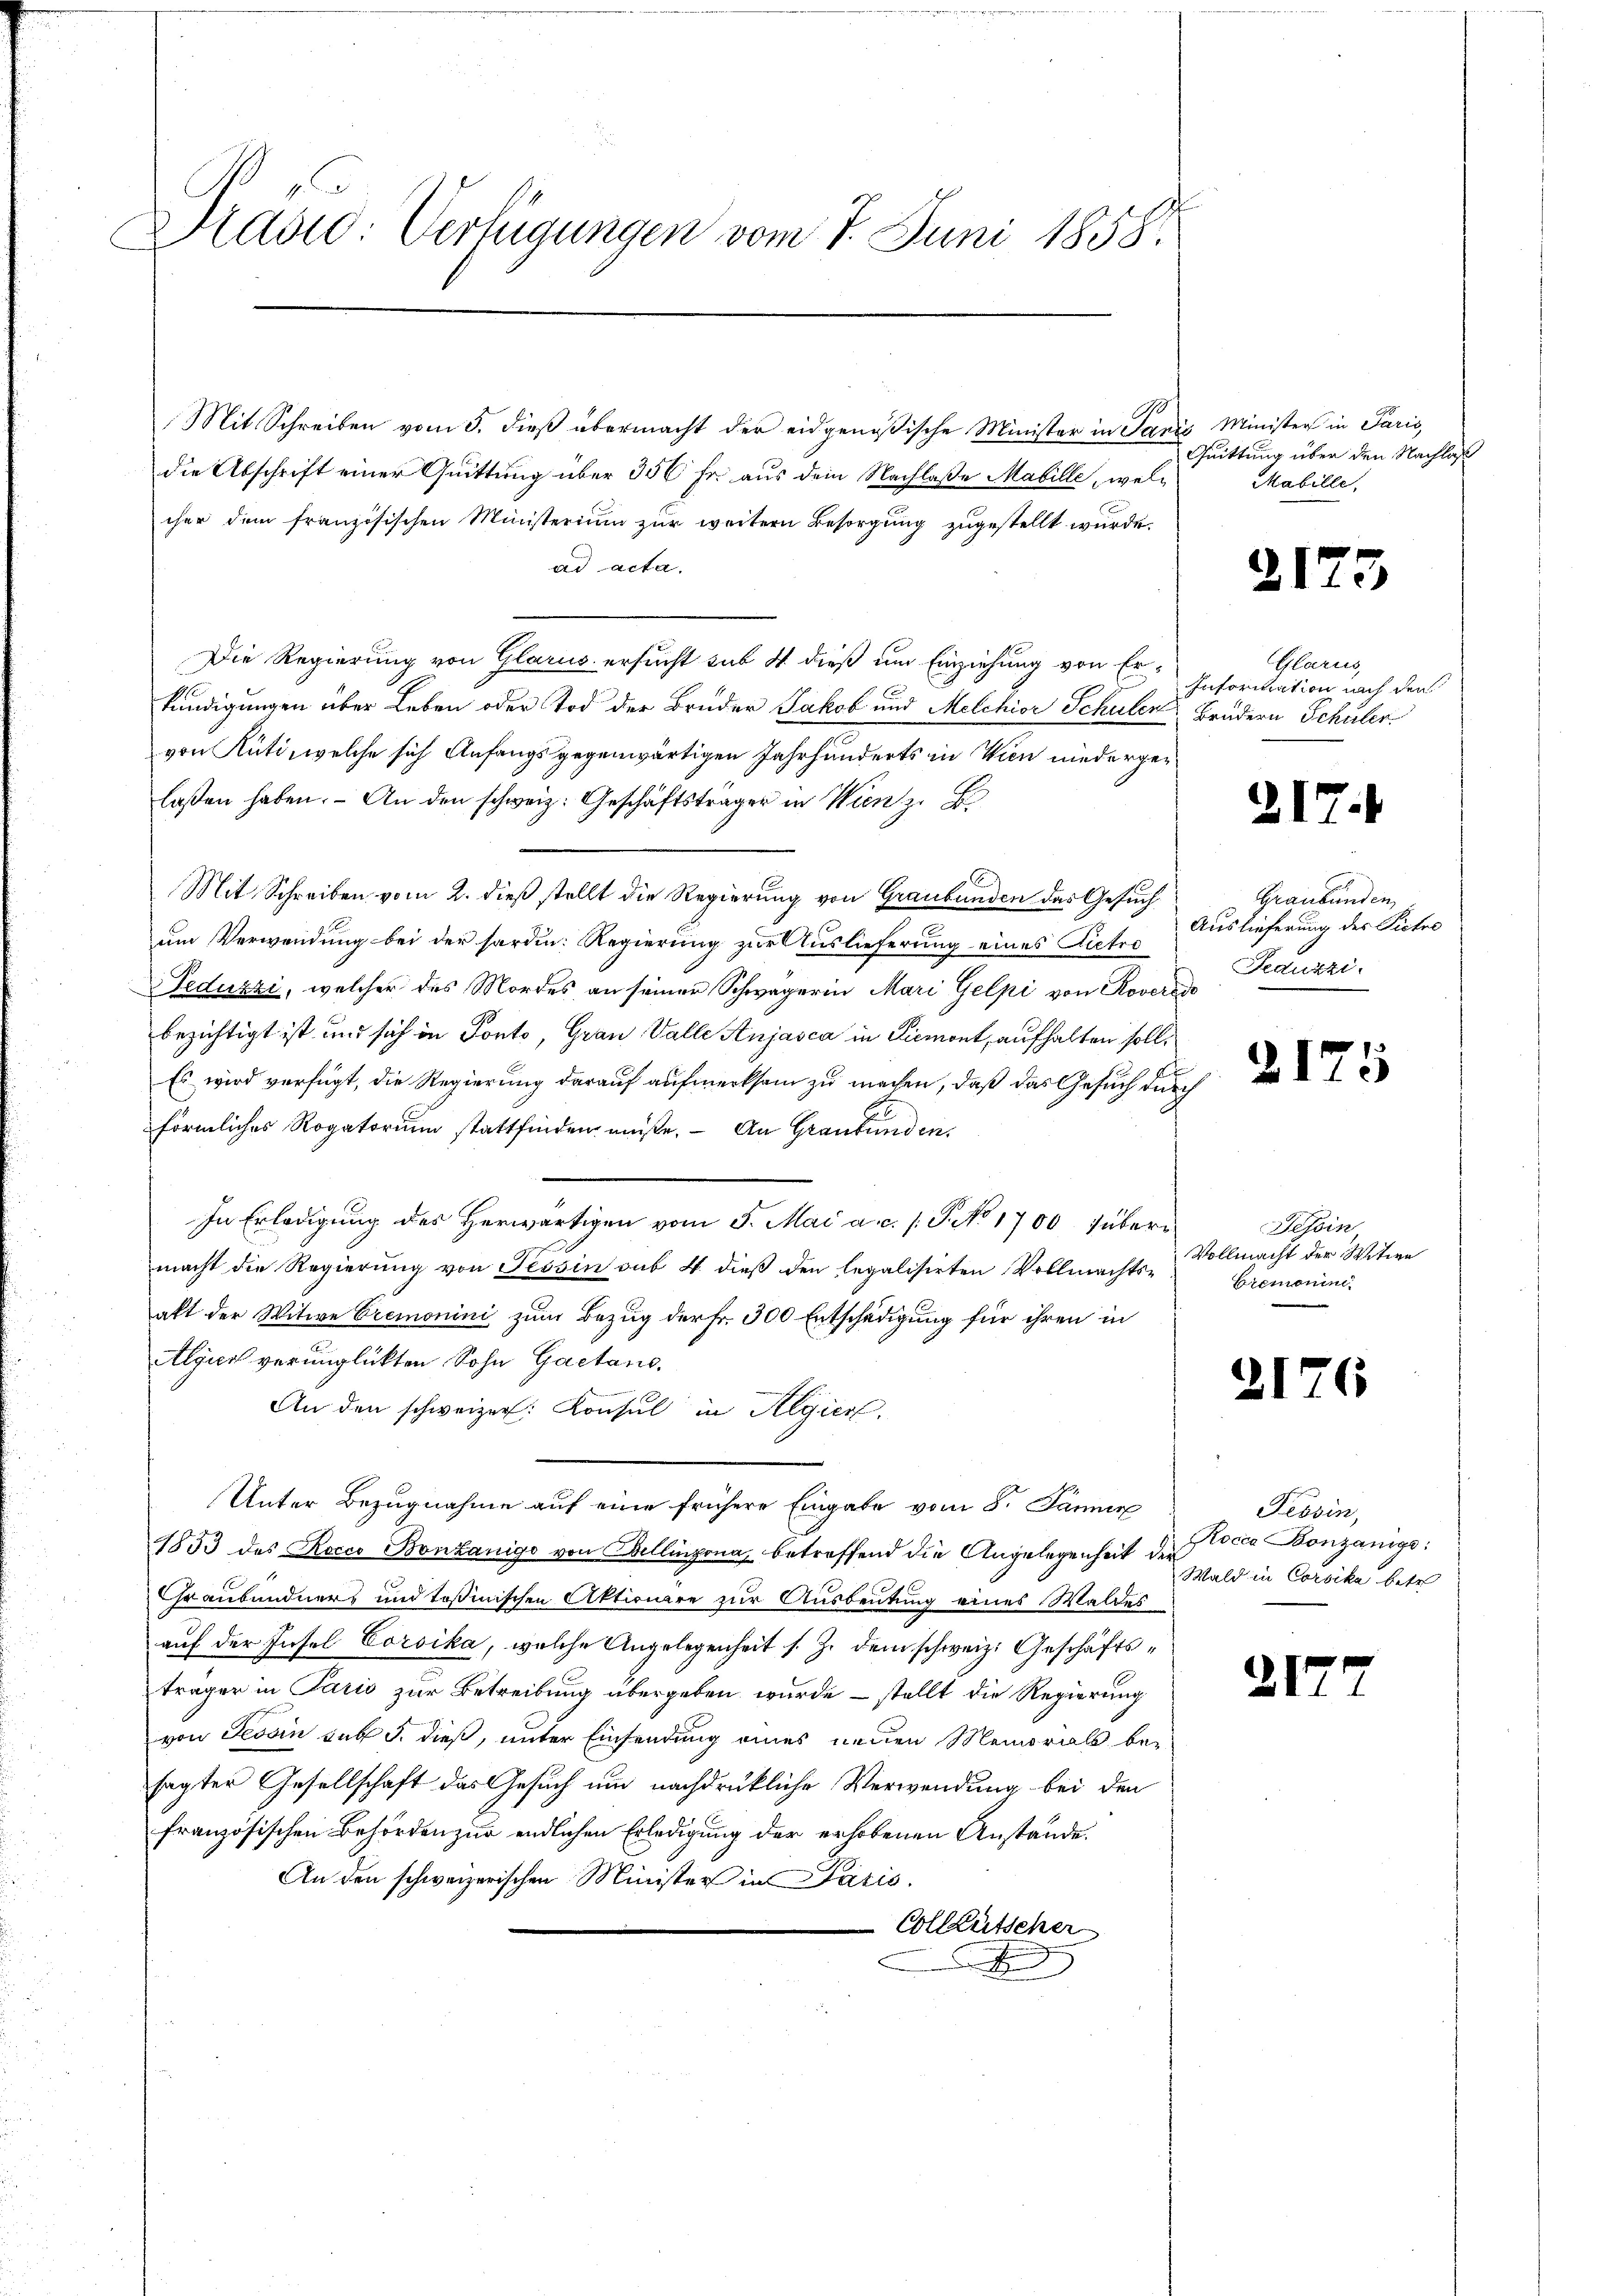
Wladie Verfügungen vom 7. Juni 1858.

1
Mit Schreiben vom 5. dieß übermacht der eidgenößische Minister in Saris Minister in Paris,
die Abschrift einer Quittung über 350 Fr. aus dem Nachlaße Mabille, welcher dem französischen Ministerium zur weitern Besorgung zugestellt wurde.
ad acta.
Die Regierung von Glarus ersucht sub 4 dieß um Einziehung von Erkundigungen über Leben oder Tod der Bruder Jakob und Melchior Schulen Brüdern Schüler
von Rüti, welche sich Anfangsgegenwärtigen Jahrhunderts in Wien niedergelassen haben. - An den schweiz. Geschäftsträger in Wien z. B.
Mit Schreiben vom 2. dieß stellt die Regierung von Graubünden das Gesuch
um Verwendung bei der forden. Regierung zur Auslieferung eines Pietro
Feduzzi, welcher des Mordes an seiner Schwägerin Mari Gelpi von Roverede
bezichtigt ist und sich in Ponto, Grau Valle Anjasca in Liemont, aufhalten soll.
Es wird verfügt, die Regierung darauf aufmerksam zu machen, daß das Gesuch durch
förmliches Rogatorium stattfinden müße. An Graubünden.
In Erledigung des herwärtigen vom 5. Mai a.c. s. S. No 1700 Juberi
macht die Regierung von Tessin sub 4 dieß den legalisirten Vollmachts-
alt der Witwe Cremonini zum Bezug der Fr. 300 Entschädigung für ihren in
Algiert verunglückten Sohn Gaetans.
An den schweizer Konsul in Algiert.
Unter Bezugnahme auf eine frühere Eingabe vom 8. Jänner
1853 des Reces Bonkanigo von Bellinzona, betreffend die Angelegenheit der occa Bonzanige:
Graubündners und toßinischen Aktionare zur Ausbeutung eines Waldes
auf der Insel Corsika, welche Angelegenheit s. Z. dem schweiz. Geschäftsträger in Paris zur Betreibung übergeben wurde – stellt die Regierung
von Tessin sub J. dieß, unter Einsendung eines neuen Memorals besagter Gesellschaft das Gesuch um nachdrückliche Verwendung bei den
französischen Behörden zur endlichen Erledigung der erhobenen Anstände.
An den schweizerischen Minister in Paris.
Collautscher
x

Quittung über den Nachlaß
Mabille,

21

Glarus,
Information nach den

317

Graubünden
Auslieferung des Pictes
Fedukti

217

Tessin
Vollmacht der Witwe
Cremonie

2176

217

3

¬

5

Tessin,
Wald in Corsika betr